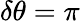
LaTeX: \delta\theta=\pi